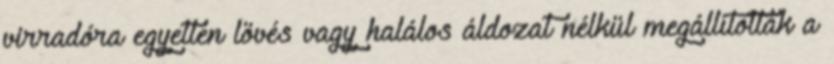
virradóra egyetlen lövés vagy halálos áldozat nélkül megállították a